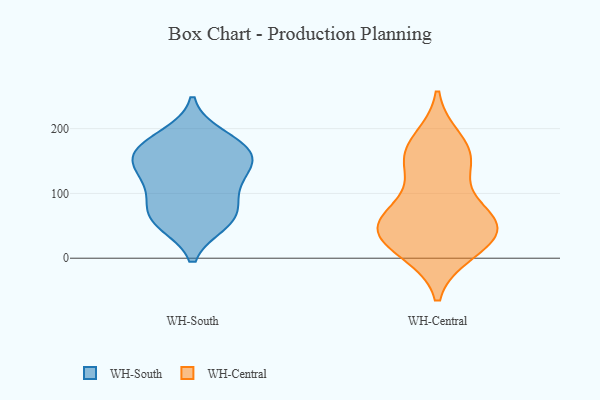
{"axis": {"x": "Production Output", "y": "Value"}, "legend": ["WH-Central", "WH-South"], "data": [{"x": "", "y": 152, "type": "WH-South"}, {"x": "", "y": 56, "type": "WH-South"}, {"x": "", "y": 121, "type": "WH-South"}, {"x": "", "y": 143, "type": "WH-South"}, {"x": "", "y": 54, "type": "WH-South"}, {"x": "", "y": 166, "type": "WH-South"}, {"x": "", "y": 113, "type": "WH-South"}, {"x": "", "y": 90, "type": "WH-South"}, {"x": "", "y": 74, "type": "WH-South"}, {"x": "", "y": 146, "type": "WH-South"}, {"x": "", "y": 189, "type": "WH-South"}, {"x": "", "y": 178, "type": "WH-South"}, {"x": "", "y": 166, "type": "WH-South"}, {"x": "", "y": 61, "type": "WH-South"}, {"x": "", "y": 180, "type": "WH-Central"}, {"x": "", "y": 161, "type": "WH-Central"}, {"x": "", "y": 19, "type": "WH-Central"}, {"x": "", "y": 71, "type": "WH-Central"}, {"x": "", "y": 57, "type": "WH-Central"}, {"x": "", "y": 12, "type": "WH-Central"}, {"x": "", "y": 146, "type": "WH-Central"}, {"x": "", "y": 59, "type": "WH-Central"}, {"x": "", "y": 149, "type": "WH-Central"}, {"x": "", "y": 50, "type": "WH-Central"}, {"x": "", "y": 30, "type": "WH-Central"}, {"x": "", "y": 49, "type": "WH-Central"}]}